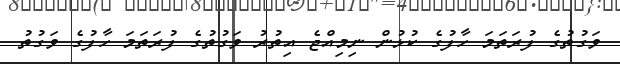
ވަގުތުގެ ފުރަތަމަ ހާފުގެ ކުޅުން ނިމިއްޖެ އިތުރު ވަގުތުގެ ފުރަތަމަ ހާފުގެ ވަގުތު